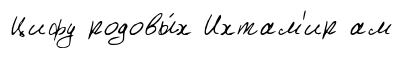
Цифу родовы́х Ихтам'ир ам